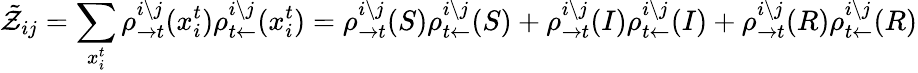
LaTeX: \tilde{\mathcal{Z}}_{ij}=\sum_{x_{i}^{t}}\rho_{\rightarrow t}^{i\setminus j}(x_{i}^{t})\rho_{t\leftarrow}^{i\setminus j}(x_{i}^{t})=\rho_{\rightarrow t}^{i\setminus j}(S)\rho_{t\leftarrow}^{i\setminus j}(S)+\rho_{\rightarrow t}^{i\setminus j}(I)\rho_{t\leftarrow}^{i\setminus j}(I)+\rho_{\rightarrow t}^{i\setminus j}(R)\rho_{t\leftarrow}^{i\setminus j}(R)